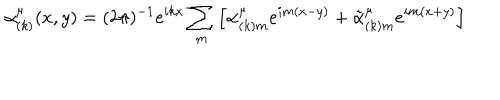
\alpha _ { ( k ) } ^ { \mu } ( x , y ) = ( 2 \pi ) ^ { - 1 } e ^ { i k x } \sum _ { m } \left[ \alpha _ { ( k ) m } ^ { \mu } e ^ { i m ( x - y ) } + \tilde { \alpha } _ { ( k ) m } ^ { \mu } e ^ { i m ( x + y ) } \right]